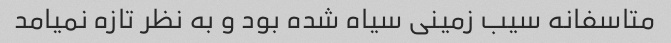
متاسفانه سیب زمینی سیاه شده بود و به نظر تازه نمیامد